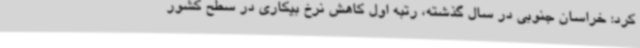
کرد: خراسان جنوبی در سال گذشته، رتبه اول کاهش نرخ بیکاری در سطح کشور